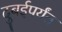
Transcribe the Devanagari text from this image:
दुबईपर्यंत